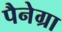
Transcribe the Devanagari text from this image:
पैनेग्रा